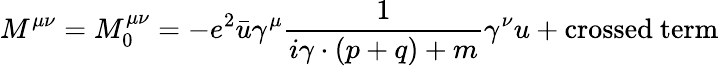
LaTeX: M^{\mu\nu}=M_{0}^{\mu\nu}=-e^{2}\bar{u}\gamma^{\mu}\frac{1}{i\gamma\cdot(p+q)+m}\gamma^{\nu}u+\mathrm{crossed~term}